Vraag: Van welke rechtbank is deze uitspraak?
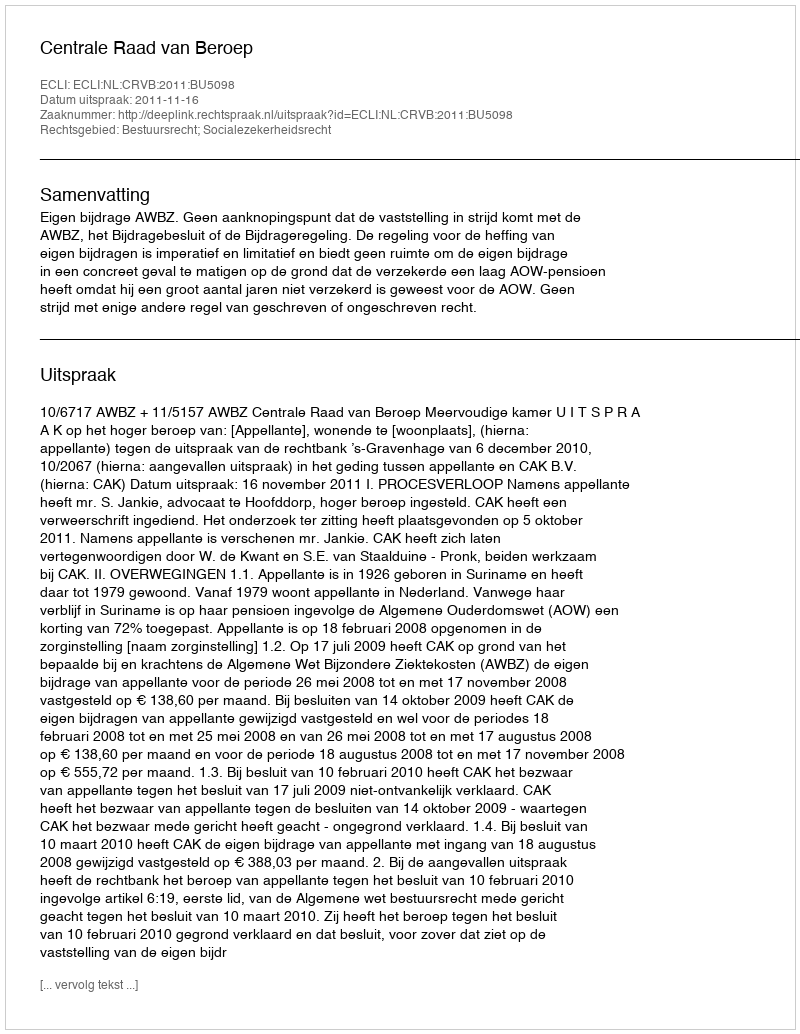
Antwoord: Centrale Raad van Beroep